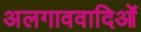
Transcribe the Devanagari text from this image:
अलगाववादिओं